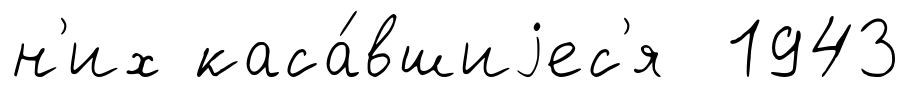
н'их каса́вшиjес'я 1943